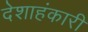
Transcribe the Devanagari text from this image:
देशाहंकारी